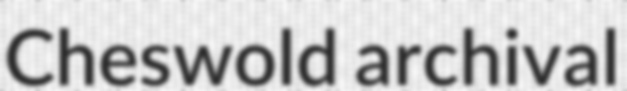
Cheswold archival